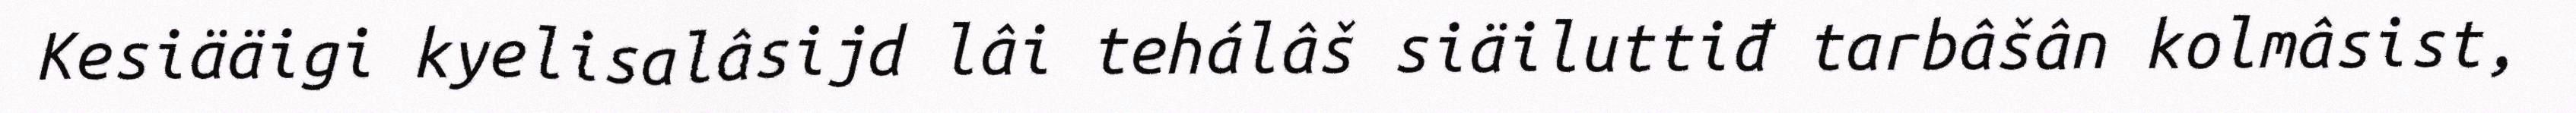
Kesiääigi kyelisalâsijd lâi tehálâš siäiluttiđ tarbâšân kolmâsist,